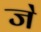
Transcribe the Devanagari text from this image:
ज॓